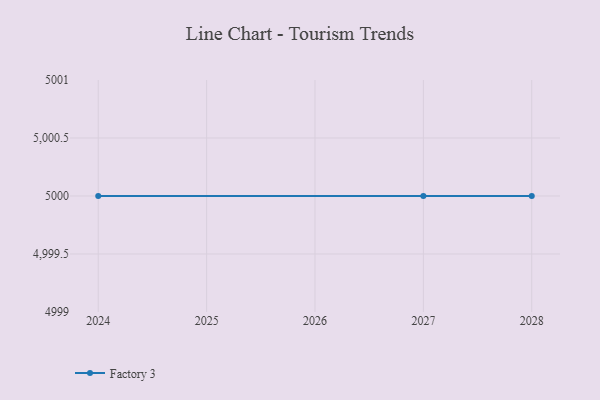
{"axis": {"x": "Year", "y": "Market Share (%)"}, "legend": ["Factory 3"], "data": [{"x": "2027", "y": 5000, "type": "Factory 3"}, {"x": "2028", "y": 5000, "type": "Factory 3"}, {"x": "2024", "y": 5000, "type": "Factory 3"}]}